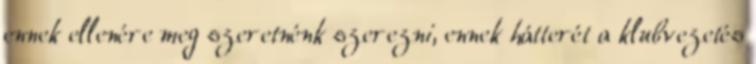
ennek ellenére meg szeretnénk szerezni, ennek hátterét a klubvezetés